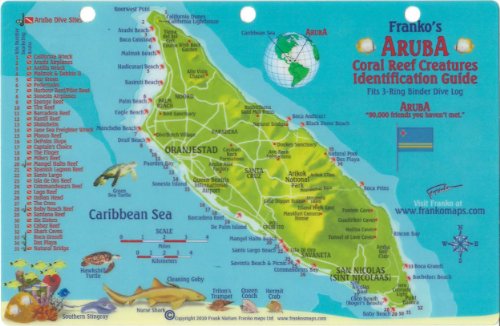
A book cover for Aruba Coral Reef Creatures Identification Guide Map; Franko; Travel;